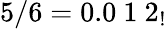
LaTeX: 5/6=0.0\ 1\ 2_{!}